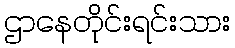
ဌာနေတိုင်းရင်းသား